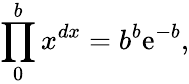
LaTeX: \prod_{0}^{b}x^{dx}=b^{b}\mathrm{{e}}^{-b},